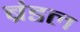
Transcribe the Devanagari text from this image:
ब्रंडल